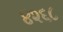
૪૨૬૮